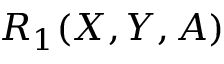
R _ { 1 } ( X , Y , A )